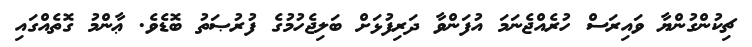
ޗިކުންގުންޔާ ވައިރަސް ހުރެއްޖެނަމަ އުފަންވާ ދަރިފުޅަށް ބަލިޖެހުމުގެ ފުރުޞަތު ބޮޑެވެ. ޢާންމު ގޮތެއްގައި